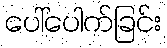
ပေါ်ပေါက်ခြင်း